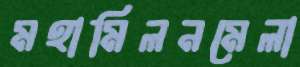
মহামিলনমেলা